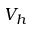
V _ { h }